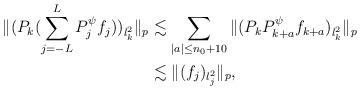
LaTeX: \begin{align*}\| (P_k( \sum_{j=-L}^L P_j^{\psi} f_j) )_{l_k^2} \|_p&\lesssim \sum_{|a|\le n_0+10} \| (P_k P_{k+a}^{\psi} f_{k+a} )_{l_k^2} \|_p \\&\lesssim \| (f_j)_{l_j^2} \|_p,\end{align*}